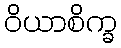
ဝိယာစိက္ခ